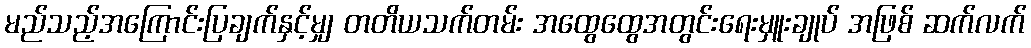
မည်သည့်အကြောင်းပြချက်နှင့်မျှ တတိယသက်တမ်း အထွေထွေအတွင်းရေးမှူးချုပ် အဖြစ် ဆက်လက်